Annual statistical returns and brief notes on vaccination in Bengal - 1909-1929
Year: 1909
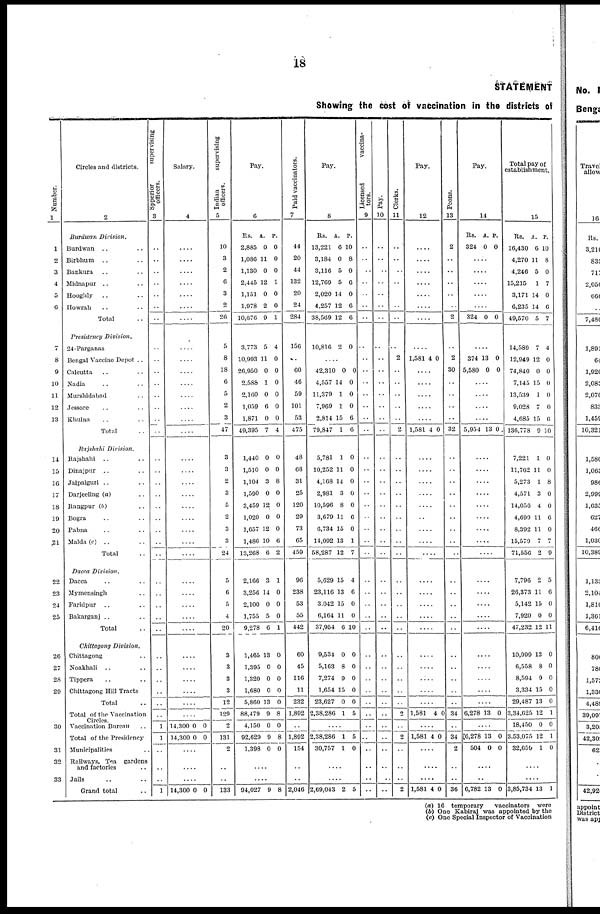
18
STATEMENT
Showing the cost of vaccination in the districts of
Number.
1
1
2
3
4
5
6
7
8
9
10
11
12
13
14
15
16
17
18
19
20
21
22
23
24
25
26
27
28
29
30
31
32
33
Circles and districts.
2
Burdwan Division.
Burdwan .. ..
Birbhum .. ..
Bankura .. ..
Midnapur .. ..
Hooghly .. ..
Howrah .. ..
Total ..
Presidency Division.
24-Parganas .. ..
Bengal Vaccine Depot ..
Calcutta .. ..
Nadia .. ..
Murshidsbad .. ..
Jessore .. ..
Khulna .. ..
Total ..
Rajshahi Division.
Rajshahi .. ..
Dinajpur .. ..
Jalpaiguri .. ..
Darjeeling (a) .. ..
Rangpur (b) .. ..
Bogra .. ..
Pabna .. ..
Malda (c) .. ..
Total ..
Dacca Division.
Dacca .. ..
Mymensingh .. ..
Faridpur .. ..
Bakarganj .. ..
Total ..
Chittagong Division.
Chittagong .. ..
Noakhali .. ..
Tippera .. ..
Chittagong Hill Tracts
Total ..
Total of the Vaccination
Circles.
Vaccination Bureau ..
Total of the Presidency
Municipalities .. ..
Railways, Tea gardens
and factories ..
Jails .. ..
Grand total ..
Spperior
supervising
officers.
3
..
..
..
..
..
..
..
..
..
..
..
..
..
..
..
..
..
..
..
..
..
..
..
..
..
..
..
..
..
..
..
..
..
..
..
1
1
..
..
..
1
Salary.
4
..
..
..
..
..
..
..
..
..
..
..
..
..
..
..
..
..
..
..
..
..
..
..
..
..
..
..
..
..
....
....
....
....
....
....
14,300
14,300
0
0
0
0
....
....
....
14,300 0 0
Indian
supervising
officers.
5
10
3
2
6
3
2
26
5
8
18
6
5
2
3
47
3
3
2
3
5
2
3
3
24
5
6
5
4
20
3
3
3
3
12
129
2
131
2
..
..
133
Pay.
6
Rs.
2,885
1,086
1,130
2,445
1,151
1,978
10,676
3,773
10,993
26,950
2,588
2,160
1,059
1,871
49,395
A.
0
11
0
12
0
2
9
5
11
0
1
0
6
0
7
P.
0
0
0
1
0
0
1
4
0
0
0
0
0
0
4
1,440
1,510
1,104
1,590
3,459
1,020
1,657
1,486
13,268
0
0
3
0
12
0
12
10
6
0
0
8
0
0
0
0
6
2
2,166
3,256
2,100
1,755
9,278
3
14
0
5
6
1
0
0
0
1
1,465
1,395
1,320
1,680
5,860
88,479
4,150
92,629
1,398
13
0
0
0
13
9
0
9
0
0
0
0
0
0
8
0
8
0
....
....
94,027 9 8
Paid vaccinators.
7
44
20
44
132
20
24
284
150
..
60
40
59
101
53
475
48
68
31
25
120
29
73
65
459
96
238
53
55
442
60
45
116
11
232
1,892
..
1,892
154
..
..
2,046
Pay.
8
Rs.
13,221
3,184
3,116
12,769
2,020
4,257
38,569
A.
6
0
5
5
14
12
12
P.
10
8
0
6
0
6
6
....
10,816 2 0
....
42,310
4,557
11,379
7,969
2,814
79,847
0
14
1
1
15
1
0
0
0
0
6
6
5,781
10,252
4,168
2,981
10,596
3,679
6,734
14,092
58,287
1
11
14
3
8
11
15
13
12
0
0
0
0
0
6
0
1
7
5,629
23,116
3,042
6,164
37,954
15
13
15
11
6
4
6
0
0
10
9,534
5,163
7,274
1,654
23,627
2,38,286
0
8
9
15
0
1
0
0
0
0
0
5
....
2,38,286
30,757
1
1
5
0
....
....
2,69,043 2 5
Licensed
vaccina-
tors.
9
..
..
..
..
..
..
..
..
..
..
..
..
..
..
..
..
..
..
..
..
..
..
..
..
..
..
..
..
..
..
..
..
..
..
..
..
..
..
..
..
..
Pay.
10
..
..
..
..
..
..
..
..
..
..
..
..
..
..
..
..
..
..
..
..
..
..
..
..
..
..
..
..
..
..
..
..
..
..
..
..
..
..
..
..
..
Clerks.
11
..
..
..
..
..
..
..
..
2
..
..
..
..
..
2
..
..
..
..
..
..
..
..
..
..
..
..
..
..
..
..
..
..
..
2
..
2
..
..
..
2
Pay.
12
....
....
....
....
....
....
....
....
1,581 4 0
....
....
....
....
....
1,581 4 0
....
....
....
....
....
....
....
....
....
....
....
....
....
....
....
....
....
....
....
1,581 4 0
....
1,581 4 0
....
....
....
1,581 4 0
Peons.
13
2
..
..
..
..
..
2
..
2
30
..
..
..
..
32
..
..
..
..
..
..
..
..
..
..
..
..
..
..
..
..
..
..
..
34
..
34
2
..
..
36
Pay.
14
Rs.
324
A.
0
P.
0
....
....
....
....
....
324 0 0
....
374
5,580
13
0
0
0
....
....
....
....
5,954 13 0
....
....
....
....
....
....
....
....
....
....
....
....
....
....
....
....
....
....
....
6,278 13 0
....
6,278
504
13
0
0
0
....
....
6,782 13 0
Total pay of
establishment.
15
Rs.
16,430
4,270
4,246
15,215
3,171
6,235
49,570
A.
6
11
5
1
14
14
5
P.
10
8
0
7
0
6
7
14,589
12,949
74,840
7,145
13,539
9,028
4,685
136,778
7
12
0
15
1
7
15
9
4
0
0
0
0
0
6
10
7,221
11,762
5,273
4,571
14,056
4,699
8,392
15,579
71,556
1
11
1
3
4
11
11
7
2
0
0
8
0
0
6
0
7
9
7,796
26,373
5,142
7,920
47,232
2
11
15
0
12
5
6
0
0
11
10,999
6,558
8,594
3,334
29,487
3,34,625
18,450
3,53,075
32,659
13
8
9
15
13
12
0
12
1
0
0
0
0
0
1
0
1
0
....
....
3,85,734 13 1
(a) 16 temporary vaccinators were
(b) One Kabiraj was appointed by the
(c) One Special Inspector of Vaccination